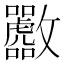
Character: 𪯟